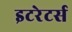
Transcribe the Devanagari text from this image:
इटरेटर्स